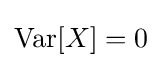
\operatorname {Var} [X]=0